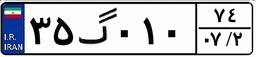
۶۲گ۹۴۱۴۱